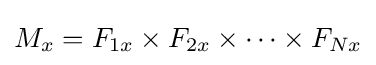
M_{x}=F_{1x}\times F_{2x}\times \cdots \times F_{Nx}